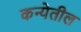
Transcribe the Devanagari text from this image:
कन्येतील